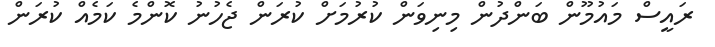
ރައީސް މައުމޫން ބަންދުން މިނިވަން ކުރުމަށް ކުރަން ޖެހުނު ކޮންމެ ކަމެއް ކުރަން